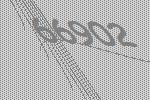
66902